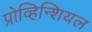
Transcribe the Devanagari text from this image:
प्रोव्हिन्शियल